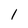
Character: 1